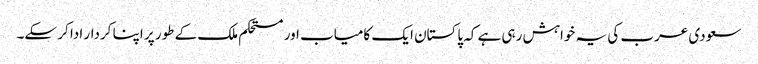
سعودی عرب کی یہ خواہش رہی ہے کہ پاکستان ایک کامیاب اور مستحکم ملک کے طور پر اپنا کردار ادا کر سکے۔